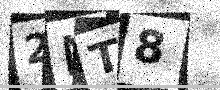
Text: 2NT8